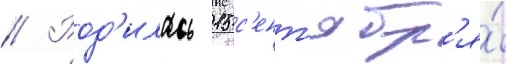
// Род'илась 15 с'ент'ябр'я́